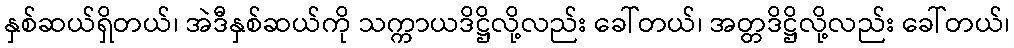
နှစ်ဆယ်ရှိတယ်၊ အဲဒီနှစ်ဆယ်ကို သက္ကာယဒိဋ္ဌိလို့လည်း ခေါ်တယ်၊ အတ္တဒိဋ္ဌိလို့လည်း ခေါ်တယ်၊